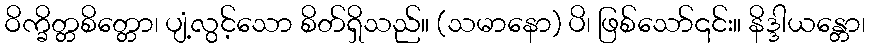
ဝိက္ခိတ္တစိတ္တော၊ ပျံ့လွင့်သော စိတ်ရှိသည်။ (သမာနော) ပိ၊ ဖြစ်သော်၎င်း။ နိဒ္ဒါယန္တော၊